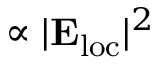
\propto | { \bf E } _ { \mathrm { l o c } } | ^ { 2 }